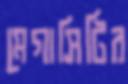
মেগাসিটির